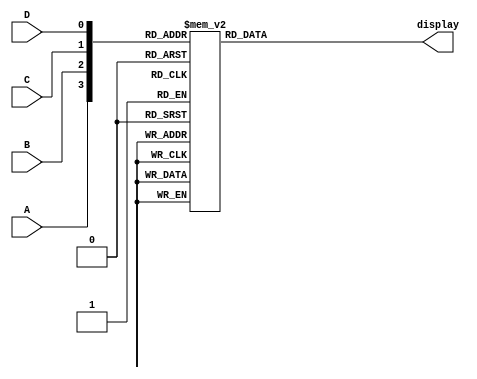
// Prova 2
// Contador crescente/decrescente de 4 bits com chave em SW0
// Obrigatriamente contendo PRESET RESET
// Exibe saida em HEX0 e HEX1

// Se reset(SW1) == 1 ento dever apaercer 00 no display BCD
// Se preset(SW2) == 1 ento dever apareecr 15 no display BCD
// Caso reset e preset estejam desativados o display dever apresentar o comportamento de contador
// Se SW0 == 1 ento o contador devera apresentar comportamento crescente

module displayBCD(A,B,C,D,display);
	input A,B,C,D;
	output reg [0:6] display;

	always@(*)
		begin
			case ({A,B,C,D})
				4'b0000: display = 7'b0000001;

				4'b0001: display = 7'b1001111;

				4'b0010: display = 7'b0010010;

				4'b0011: display = 7'b0000110;

				4'b0100: display = 7'b1001100;

				4'b0101: display = 7'b0100100;

				4'b0110: display = 7'b0100000;

				4'b0111: display = 7'b0001111;

				4'b1000: display = 7'b0000000;

				4'b1001: display = 7'b0000100;

				default: display = 7'b1111111;

			endcase
		end
endmodule

module divisor (CLOCK_50, reset, clock_modificado);
	input CLOCK_50, reset;
	output clock_modificado;

	reg [22:0]Q;

	always@(negedge CLOCK_50 or posedge reset)
	
		begin
			if (reset)
				Q = 0;
			else
				Q = Q + 1;
		end
		
	assign clock_modificado = Q[22];
		
endmodule

module contador(CLOCK_50, SW1, SW2, HEX0, HEX1, SW0);
	input CLOCK_50, SW1, SW2, SW0;
	wire clock_modificado;
	reg[4:0] Q;
	output[0:6] HEX0, HEX1;
	wire[3:0] Dezena,Unidade;
	
	divisor ajuste(CLOCK_50, SW1|SW2, clock_modificado);
	
	initial
		begin
			Q[4:0] = 5'b00000;
		end
		
	always@(negedge clock_modificado or posedge SW1 or posedge SW2)	
		begin
			if (SW1)
				Q[4:0] = 5'b00000;
			else if(SW2)
				Q[4:0] = 5'b01111;
			else
				begin
					if(SW0)
						begin
							Q = Q + 5'b00001;
							if(Q == 5'b10000)
								Q[4:0] = 5'b00000;
						end
					else
						begin
							Q = Q - 5'b00001;
							if(Q == 5'b11111)
								Q[4:0] = 5'b01111;
						end
				end
		end

	assign Dezena = Q/10;
	assign Unidade = Q%10;

	displayBCD exitDezena(Dezena[3],Dezena[2],Dezena[1],Dezena[0],HEX1);
	displayBCD exitUnidade(Unidade[3],Unidade[2],Unidade[1],Unidade[0],HEX0);
		
endmodule